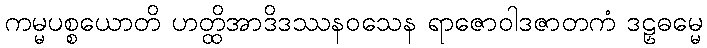
ကမ္မပစ္စယောတိ ဟတ္ထိအာဒိဒဿနဝသေန ရာဇောဝါဒဇာတကံ ဒဠှဓမ္မေ